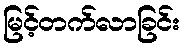
မြင့်တက်လာခြင်း